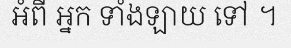
អំពី អ្នក ទាំងឡាយ ទៅ ។